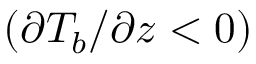
( \partial T _ { b } / \partial z < 0 )